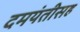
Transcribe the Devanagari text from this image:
दमयंतीसह